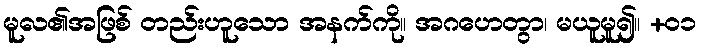
မူလ၏အဖြစ် တည်းဟူသော အနက်ကို။ အဂဟေတွာ၊ မယူမူ၍။ +၀၁